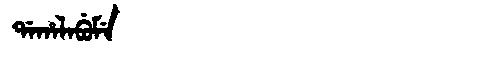
Manchu: ᡩᠠᡥᠠᠯᠠᠪᡠᠮᡝ
Romanization: DAHALABUME